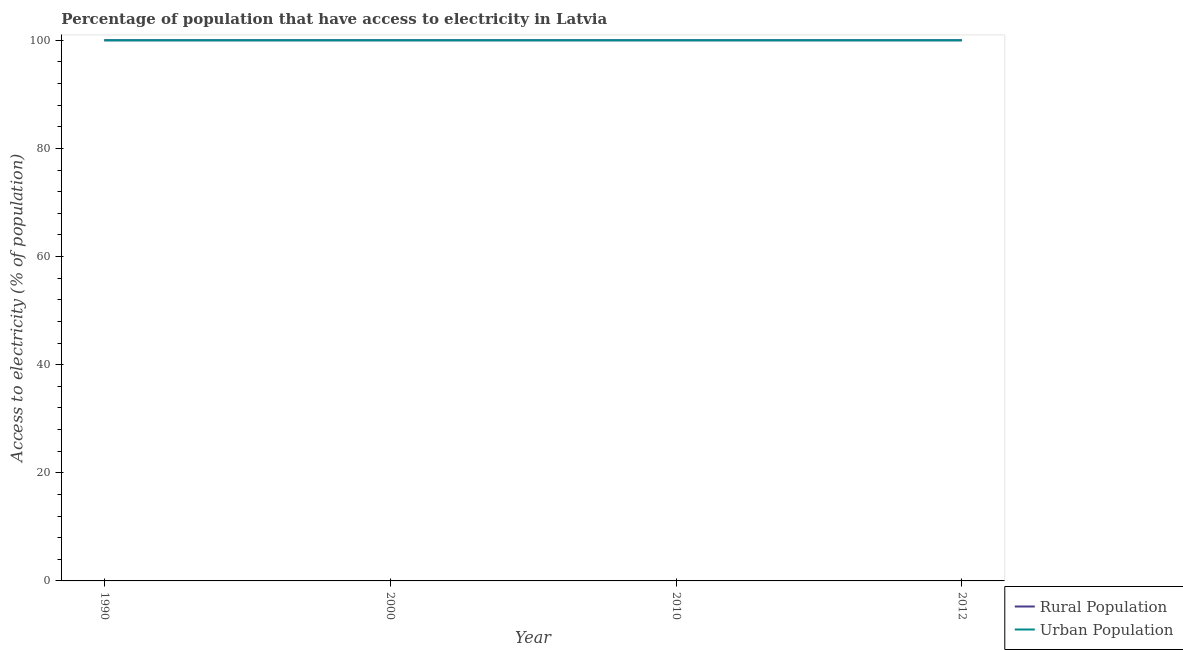
| Year | Rural Population | Urban Population |
 | --- | --- | --- |
 | 1990 | 100 | 100 |
 | 2000 | 100 | 100 |
 | 2010 | 100 | 100 |
 | 2012 | 100 | 100 |